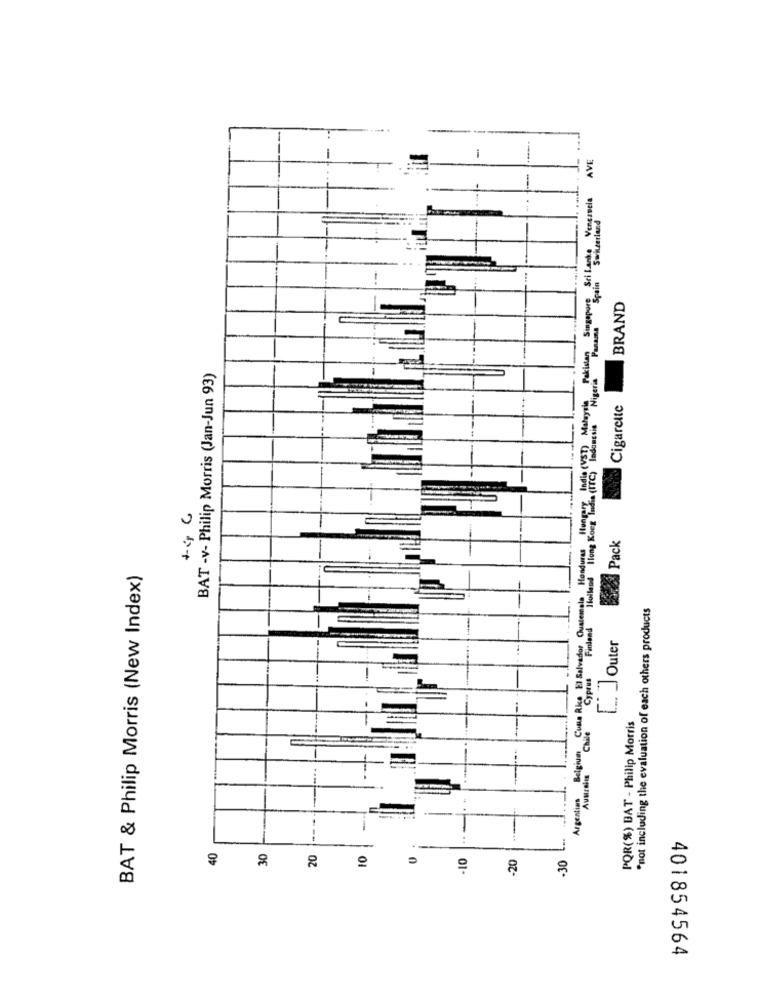
-
AVE
1
Venezuela
Switzerland
Costa Rica El Salvador, Guatemala, Honduras Hungary Indie (VST) Malaysia, Pakistan Singapore Seit
BRAND
BAT -v- Philip Morris (Jan-Jun 93)
Cigarette
--
0
Pack
BAT & Philip Morris (New Index)
"not including the evaluation of each others products
Outer
Argentins Belgium
PQR(%) BAT - Philip Morris
Aurais
---
40
30
-10
-20
-30
401854564